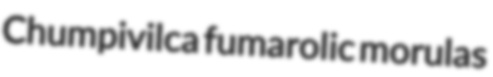
Chumpivilca fumarolic morulas